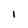
Character: 1